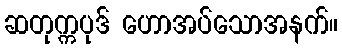
ဆတုက္ကပုဒ် ဟောအပ်သောအနက်။